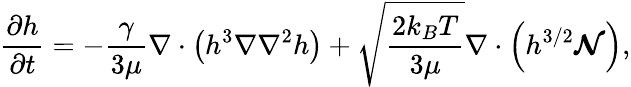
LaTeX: \frac{\partial h}{\partial t}=-\frac{\gamma}{3\mu}\nabla\cdot\left(h^{3}\nabla\nabla^{2}h\right)+\sqrt{\frac{2k_{B}T}{3\mu}}\nabla\cdot\left(h^{3/2}\boldsymbol{\mathcal{N}}\right),